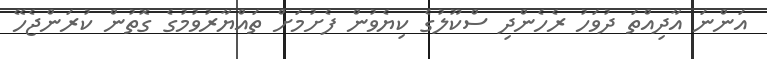
އަންނަ އާދިއްތަ ދުވަހު ރެހެންދި ސްކޫލުގެ ކިޔެވުން ފެށުމަށް ތައްޔާރުވުމުގެ ގޮތުން ކުރަންޖެހޭ